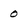
Character: 0